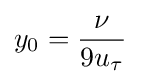
y_{0}={\frac {\nu }{9u_{\tau }}}